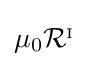
\mu _{0}{\mathcal {R}}^{_{\mathrm {I} }}